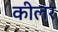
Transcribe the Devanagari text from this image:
कीलर